Sketch of the medical history of the native army of Bombay, for the year
Year: 1872
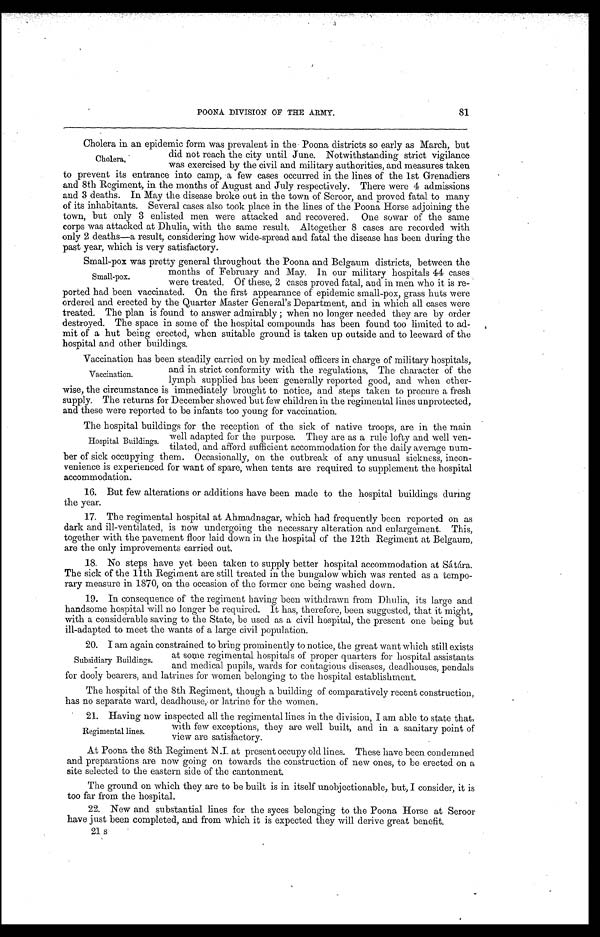
POONA DIVISION OF THE ARMY.
81
Cholera in an epidemic form was prevalent in the Poona districts so early as March, but
did not reach the city until June. Notwithstanding strict vigilance
Cholera,
was exercised by the civil and military authorities, and measures taken
to prevent its entrance into camp, a few cases occurred in the lines of the 1st Grenadiers
and 8th Regiment, in the months of August and July respectively. There were 4 admissions
and 3 deaths. In May the disease broke out in the town of Seroor, and proved fatal to many
of its inhabitants. Several cases also took place in the lines of the Poona Horse adjoining the
town, but only 3 enlisted men were attacked and recovered. One sowar of the same
corps was attacked at Dhulia, with the same result. Altogether 8 cases are recorded with
only 2 deaths—a result, considering how wide-spread and fatal the disease has been during the
past year, which is very satisfactory.
Small-pox was pretty general throughout the Poona and Belgaum districts, between the
months of February and May. In our military hospitals 44 cases
Small-pox.
were treated. Of these, 2 cases proved fatal, and in men who it is re-
ported had been vaccinated. On the first appearance of epidemic small-pox, grass huts were
ordered and erected by the Quarter Master General's Department, and in which all cases were
treated. The plan is found to answer admirably ; when no longer needed they are by order
destroyed. The space in some of the hospital compounds has been found too limited to ad--
mit of a hut being erected, when suitable ground is taken up outside and to leeward of the
hospital and other buildings.
Vaccination has been steadily carried on by medical officers in charge of military hospitals,
and in strict conformity with the regulations, The character of the
Vaccination.
lymph supplied has been generally reported good, and when other-
wise, the circumstance is immediately brought to notice, and steps taken to procure a fresh
supply. The returns for December showed but few children in the regimental lines unprotected,
and these were reported to be infants too young for vaccination.
The hospital buildings for the reception of the sick of native troops, are in the main
well adapted for the purpose. They are as a rule lofty and well ven-
Hospital Buildings. tilated, and afford sufficient accommodation for the daily average num-
ber of sick occupying them. Occasionally, on the outbreak of any unusual sickness, incon--
venience is experienced for want of spare, when tents are required to supplement the hospital
accommodation.
16. But few alterations or additions have been made to the hospital buildings during
the year.
17. The regimental hospital at Ahmadnagar, which had frequently been reported on as
dark and ill-ventilated, is now undergoing the necessary alteration and enlargement. This,
together with the pavement floor laid down in the hospital of the 12th Regiment at Belgaum,
are the only improvements carried out.
18. No steps have yet been taken to supply better hospital accommodation at Sátára.
The sick of the 11th Regiment are still treated in the bungalow which was rented as a tempo--
rary measure in 1870, on the occasion of the former one being washed down.
19. In consequence of the regiment having been withdrawn from Dhulia, its large and
handsome hospital will no longer be required. It has, therefore, been suggested, that it might,
with a considerable saving to the State, be used as a civil hospital, the present one being but
ill-adapted to meet the wants of a large civil population.
20. I am again constrained to bring prominently to notice, the great want which still exists
at some regimental hospitals of proper quarters for hospital assistants
Subsidiary Buildings.
and medical pupils, wards for contagious diseases, deadhouses, pendals
for dooly bearers, and latrines for women belonging to the hospital establishment.
The hospital of the 8th Regiment, though a building of comparatively recent construction,
has no separate ward, deadhouse, or latrine for the women.
21. Having now inspected all the regimental lines in the division, I am able to state that,
with few exceptions, they are well built, and in a sanitary point of
Regimental lines.
view are satisfactory.
At Poona the 8th Regiment N.I. at present occupy old lines. These have been condemned
and preparations are now going on towards the construction of new ones, to be erected on a
site selected to the eastern side of the cantonment.
The ground on which they are to be built is in itself unobjectionable, but, I consider, it is
too far from the hospital.
22. New and substantial lines for the syces belonging to the Poona Horse at Seroor
have just been completed, and from which it is expected they will derive great benefit.
21S